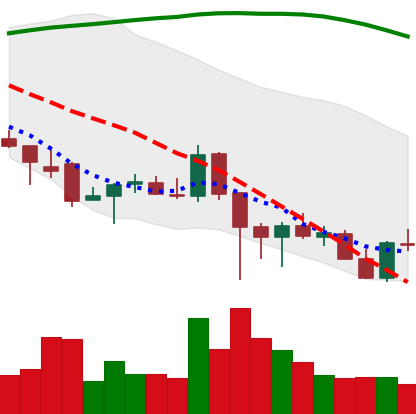
Ticker: ADA-USD
Chart end date: 2021-12-12
Forward return: -9.455%
Label: down_7plus